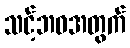
သင့်ဘဝအတွက်